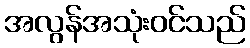
အလွန်အသုံးဝင်သည်